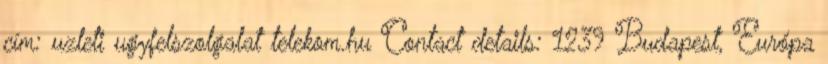
cím: uzleti ugyfelszolgalat telekom.hu Contact details: 1239 Budapest, Európa